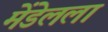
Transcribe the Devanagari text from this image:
मेंडेलला